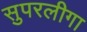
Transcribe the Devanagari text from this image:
सुपरलीगा